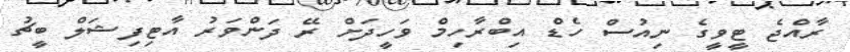
ރާއްޖެ ޓީވީގެ ނިއުސް ހެޑް އިބްރާހިމް ވަހީދަށް ރޭ ދަންވަރު އާޓިފިޝަލް ބީޗު